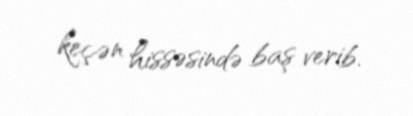
keçən hissəsində baş verib.